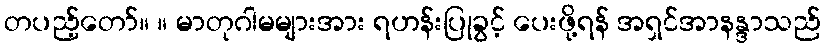
တပည့်တော်။ ။ မာတုဂါမများအား ရဟန်းပြုခွင့် ပေးဖို့ရန် အရှင်အာနန္ဒာသည်